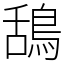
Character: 鴰